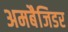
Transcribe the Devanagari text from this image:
अमबैजिडर